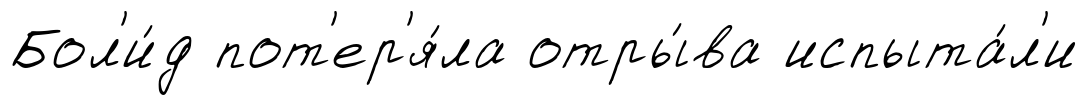
Бол'и́д пот'ер'я́ла отры́ва испыта́л'и